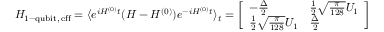
H _ { \mathrm { 1 - q u b i t , \, e f f } } = \langle e ^ { i H ^ { ( 0 ) } t } ( H - H ^ { ( 0 ) } ) e ^ { - i H ^ { ( 0 ) } t } \rangle _ { t } = \left[ \begin{array} { l l } { - \frac { \Delta } { 2 } } & { \frac { 1 } { 2 } \sqrt { \frac { \pi } { 1 2 8 } } U _ { 1 } } \\ { \frac { 1 } { 2 } \sqrt { \frac { \pi } { 1 2 8 } } U _ { 1 } } & { \frac { \Delta } { 2 } } \end{array} \right]